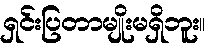
ရှင်းပြတာမျိုးမရှိဘူး။